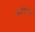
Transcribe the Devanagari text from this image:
अहंनिरपेक्ष